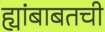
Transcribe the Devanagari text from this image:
ह्यांबाबतची